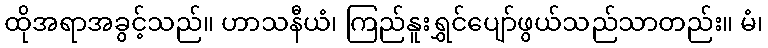
ထိုအရာအခွင့်သည်။ ဟာသနီယံ၊ ကြည်နူးရွှင်ပျော်ဖွယ်သည်သာတည်း။ မံ၊